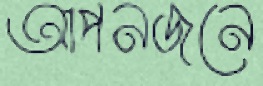
আপনজনে